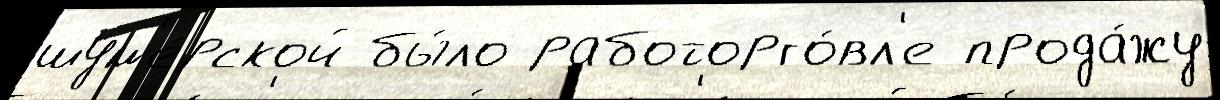
шум'е́рской бы́ло работорго́вл'е прода́жу